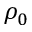
\rho _ { 0 }